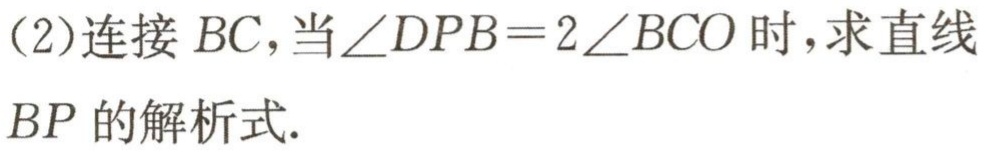
(2)连接 \(BC\)，当\(\angle DPB = 2\angle BCO\)时，求直线
\(BP\)的解析式.